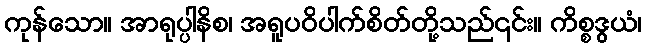
ကုန်သော။ အာရုပ္ပါနိစ၊ အရူပဝိပါက်စိတ်တို့သည်၎င်း။ ကိစ္စဒွယံ၊